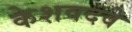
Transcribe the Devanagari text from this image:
केशवदवे